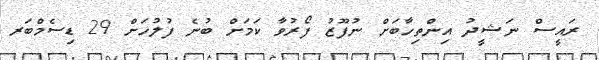
ރައީސް ނަޝީދު އިންތިހާބަށް ނުފޫޒު ފޯރުވާ ކަމަށް ބުނެ ފުލުހަށް 29 ޑިސެމްބަރ